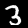
Label: 3